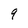
Character: q